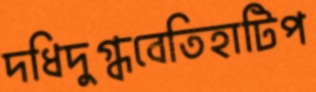
দধিদুগ্ধবেতিহাটিপ